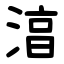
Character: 湻